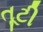
તૂટી